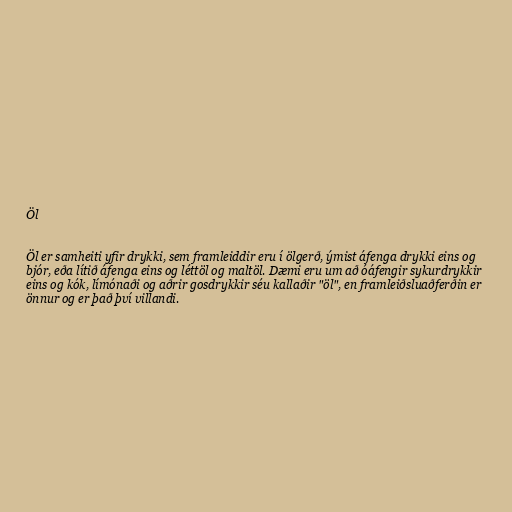
Öl

Öl er samheiti yfir drykki, sem framleiddir eru í ölgerð, ýmist áfenga drykki eins og
bjór, eða lítið áfenga eins og léttöl og maltöl. Dæmi eru um að óáfengir sykurdrykkir
eins og kók, límónaði og aðrir gosdrykkir séu kallaðir "öl", en framleiðsluaðferðin er
önnur og er það því villandi.